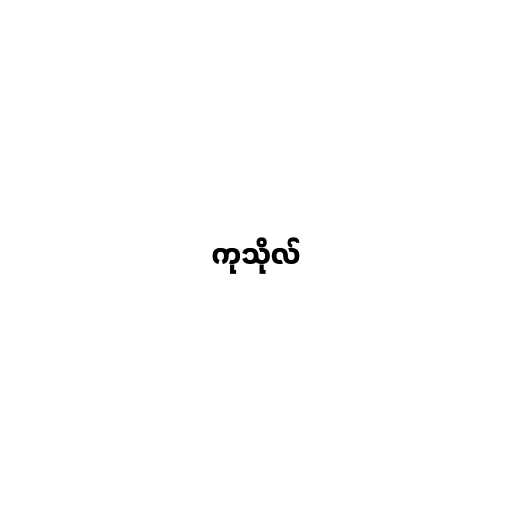
ကုသိုလ်